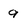
Character: a